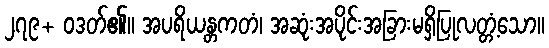
၂၇၉+ ဝဒတ်၏။ အပရိယန္တကတံ၊ အဆုံးအပိုင်းအခြားမရှိပြုလတ္တံ့သော။